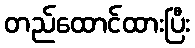
တည်ထောင်ထားပြီး